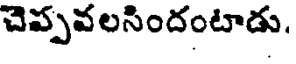
చెప్పవలసిందంటాడు.